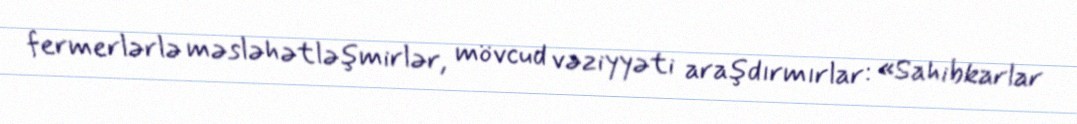
fermerlərlə məsləhətləşmirlər, mövcud vəziyyəti araşdırmırlar: «Sahibkarlar